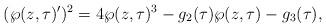
LaTeX: \begin{align*}(\wp(z,\tau)')^2= 4 \wp(z,\tau)^3-g_2(\tau) \wp(z,\tau) - g_3(\tau),\end{align*}